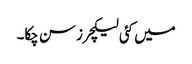
میں کئی لیکچرز سن چکا۔